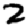
Digit: 2